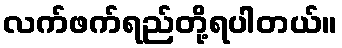
လက်ဖက်ရည်တို့ရပါတယ်။